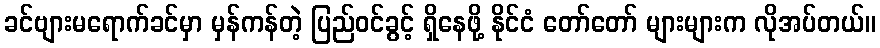
ခင်ဗျားမရောက်ခင်မှာ မှန်ကန်တဲ့ ပြည်ဝင်ခွင့် ရှိနေဖို့ နိုင်ငံ တော်တော် များများက လိုအပ်တယ်။